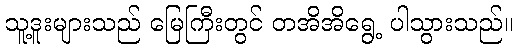
သူ့ဒူးများသည် မြေကြီးတွင် တအိအိရွေ့ ပါသွားသည်။